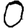
Digit: 0